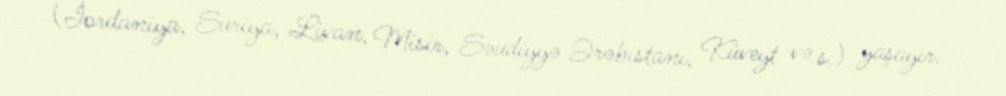
(İordaniya, Suriya, Livan, Misir, Səudiyyə Ərəbistanı, Küveyt və s.) yaşayır.